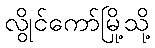
လွိုင်ကော်မြို့သို့